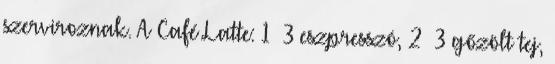
szerviroznak. A Café Latte: 1 3 eszpresszó, 2 3 gőzölt tej,